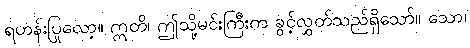
ရဟန်းပြုလော့။ ဣတိ၊ ဤသို့မင်းကြီးက ခွင့်လွှတ်သည်ရှိသော်။ သော၊